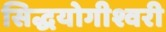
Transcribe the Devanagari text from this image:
सिद्धयोगीश्वरी